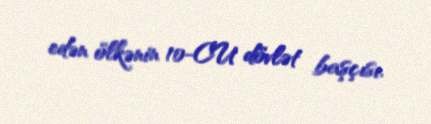
edən ölkənin 10-CU dövlət başçısı.